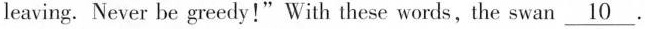
leaving. Never be greedy!"With these words,the swan